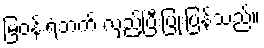
မြဝန်းရံဘက် လှည့်ပြီးပြုံးပြန်သည်။